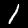
Digit: 1